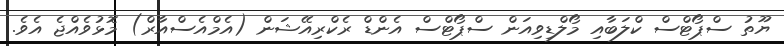
ޔޫތު ސްޕޯޓްސް ކްލަބާއި މޯލްޑިވިއަން ސްޕޯޓްސް އެންޑް ރެކްރިއޭޝަން (އެމްއެސްއާރް) މޮޅުވެއްޖެ އެވެ.